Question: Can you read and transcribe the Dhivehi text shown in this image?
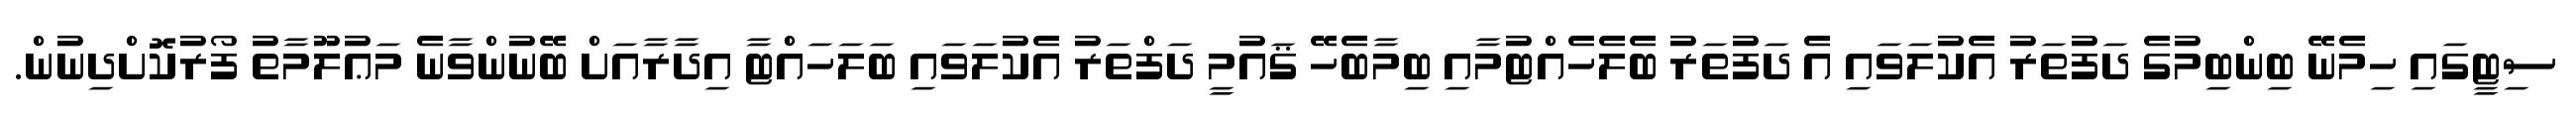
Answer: ސިޓީގައި ހިމެނޭ ބިންބިމުގެ ދަފުތަރު އެކުލަވައި އެ ދަފުތަރު ބެލެހެއްޓުމާއި ބިމާބެހޭ ޤައުމީ ދަފްތަރު އެކުލަވައި ބަލަހައްޓާ އިދާރާއަށް ބޭނުންވާނެ މަޢުލޫމާތު ފޯރުކޮށްދިނުން.